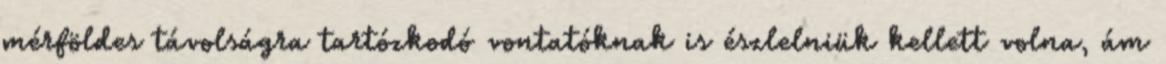
mérföldes távolságra tartózkodó vontatóknak is észlelniük kellett volna, ám